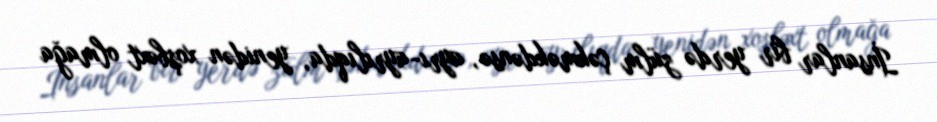
İnsanlar bir yerdə zülm çəkməkdənsə, ayrı-ayrılıqda, yenidən xoşbəxt olmağa